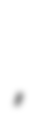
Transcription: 翔平,